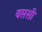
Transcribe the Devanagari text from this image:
वससी